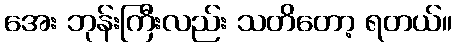
အေး ဘုန်းကြီးလည်း သတိတော့ ရတယ်။